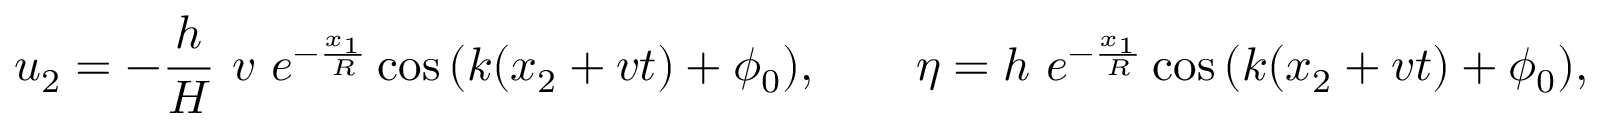
u _ { 2 } = - \frac { h } { H } \ v \ e ^ { - \frac { x _ { 1 } } { R } } \cos { \left( k ( x _ { 2 } + v t ) + \phi _ { 0 } \right) } , \qquad \eta = h \ e ^ { - \frac { x _ { 1 } } { R } } \cos { \left( k ( x _ { 2 } + v t ) + \phi _ { 0 } \right) } ,